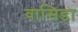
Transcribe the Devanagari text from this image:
वासिडा